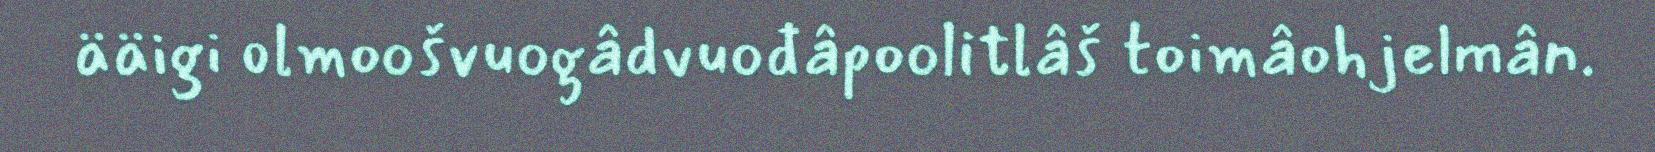
ääigi olmoošvuogâdvuođâpoolitlâš toimâohjelmân.